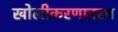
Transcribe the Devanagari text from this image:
खोलीकरणावरच